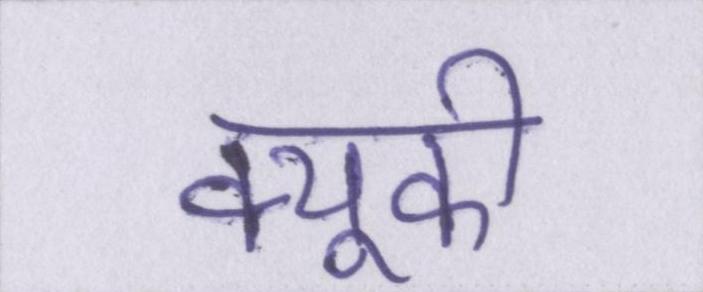
क्यूकी